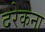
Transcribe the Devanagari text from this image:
दरेकना